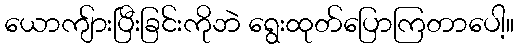
ယောကျ်ားပြီးခြင်းကိုဘဲ ရွေးထုတ်ပြောကြတာပေါ့။